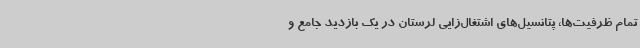
تمام ظرفیت‌ها، پتانسیل‌های اشتغال‌زایی لرستان در یک بازدید جامع و